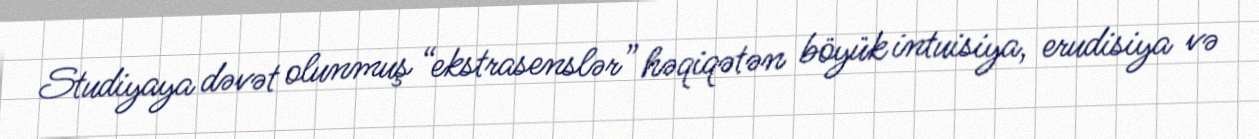
Studiyaya dəvət olunmuş “ekstrasenslər” həqiqətən böyük intuisiya, erudisiya və